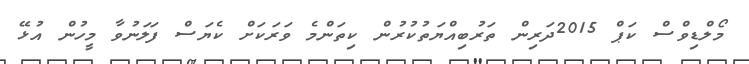
މޯލްޑިވްސް ކަޕް 2015ދަރިން ތަރުބިއްޔަތުކުރުން ކިތަންމެ ވަރަކަށް ކެޔަސް ފަލަނުވާ މީހުން އުޅޭ